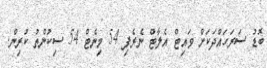
ބޮޑު ސަރަހައްދަކަށް ވައިޓް އެލާޓް ނެރެފި 54 މިނެޓް 54 ސިކުންތު ކުރިން.